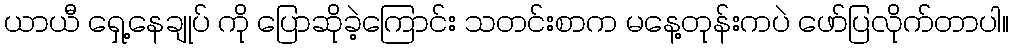
ယာယီ ရှေ့နေချုပ် ကို ပြောဆိုခဲ့ကြောင်း သတင်းစာက မနေ့တုန်းကပဲ ဖော်ပြလိုက်တာပါ။